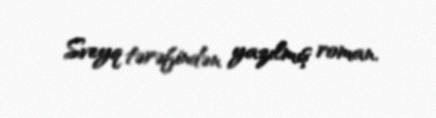
Sveyq tərəfindən yazılmış roman.